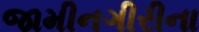
જામીનગીરીના